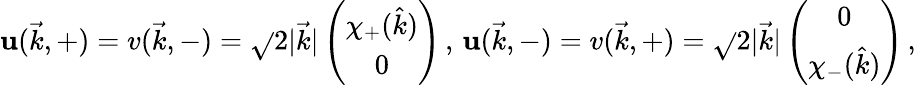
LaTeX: \mathbf{u}(\vec{{k}},+)=v(\vec{{k}},-)=\sqrt{}{{2|\vec{{k}}|}}\left(\begin{array}{c}{{\chi_{+}(\hat{k})}}\\ {{0}}\end{array}\right)\, ,\, \mathbf{u}(\vec{{k}},-)=v(\vec{{k}},+)=\sqrt{}{{2|\vec{{k}}|}}\left(\begin{array}{c}{{0}}\\ {{\chi_{-}(\hat{k})}}\end{array}\right)\, ,